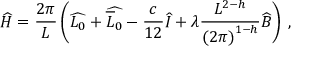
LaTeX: \widehat { H } = \displaystyle \frac { 2 \pi } { L } \left( \widehat { L _ { 0 } } + \widehat { \overline { { { L } } } _ { 0 } } - \displaystyle \frac { c } { 1 2 } \widehat { I } + \lambda \displaystyle \frac { L ^ { 2 - h } } { \left( 2 \pi \right) ^ { 1 - h } } \widehat { B } \right) \: ,